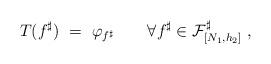
LaTeX: \begin{align*}T(f^{\sharp})~=~\varphi_{f^{\sharp}} \qquad\forall f^{\sharp}\in \mathcal{F}^{\sharp}_{[N_1,h_2]}~,\end{align*}